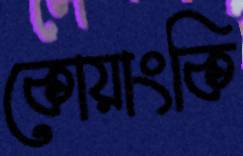
কোয়াংকি